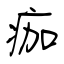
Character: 痂